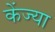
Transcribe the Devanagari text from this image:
केंज्या